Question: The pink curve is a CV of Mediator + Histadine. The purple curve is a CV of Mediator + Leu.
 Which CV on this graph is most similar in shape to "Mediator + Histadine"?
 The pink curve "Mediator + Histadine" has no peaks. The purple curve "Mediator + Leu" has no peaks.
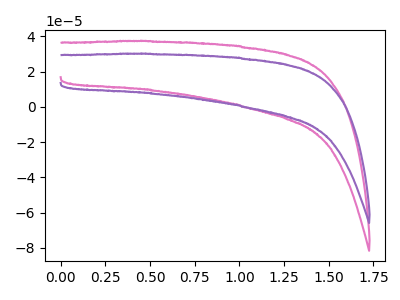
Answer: <think>Neither "Mediator + Histadine" or "Mediator + Leu" have any peaks.
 </think>
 <answer>The CV with the most similar shape to "Mediator + Leu" is "Mediator + Histadine".</answer>
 <eval>"Mediator + Histadine"</eval>